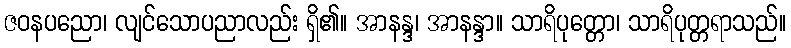
ဇဝနပညော၊ လျင်သောပညာလည်း ရှိ၏။ အာနန္ဒ၊ အာနန္ဒာ။ သာရိပုတ္တော၊ သာရိပုတ္တရာသည်။